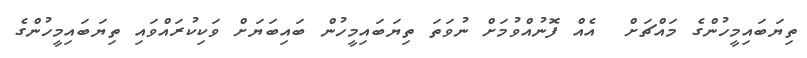
ތިޔަބައިމީހުންގެ މައްޗަށް  އެއް ފޮނުއްވުމަށް ނުވަތަ ތިޔަބައިމީހުން ބައިބަޔަށް ވަކިކުރައްވައި ތިޔަބައިމީހުންގެ